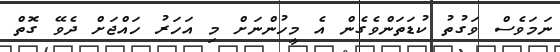
ނަމަވެސް ވަގުތު ކުޑަތަންވެގެން އެ މީހުންނަށް މި އަހަރު ހައްޖަށް ދެވޭ ގޮތް